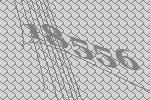
18556